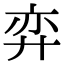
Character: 弈